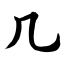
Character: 几